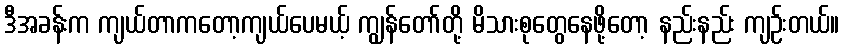
ဒီအခန်းက ကျယ်တာကတော့ကျယ်ပေမယ့် ကျွန်တော်တို့ မိသားစုတွေနေဖို့တော့ နည်းနည်း ကျဉ်းတယ်။